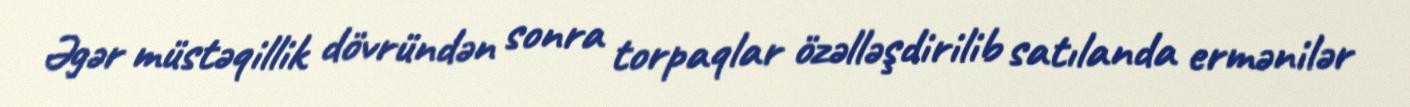
Əgər müstəqillik dövründən sonra torpaqlar özəlləşdirilib satılanda ermənilər